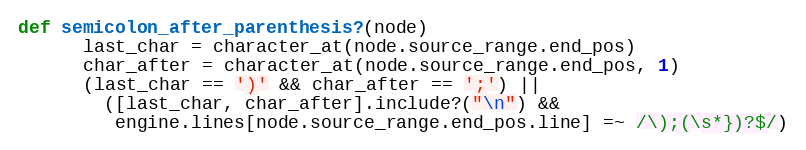
Language: Ruby
def semicolon_after_parenthesis?(node)
      last_char = character_at(node.source_range.end_pos)
      char_after = character_at(node.source_range.end_pos, 1)
      (last_char == ')' && char_after == ';') ||
        ([last_char, char_after].include?("\n") &&
         engine.lines[node.source_range.end_pos.line] =~ /\);(\s*})?$/)